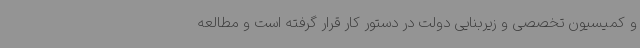
و کمیسیون تخصصی و زیربنایی دولت در دستور کار قرار گرفته است و مطالعه